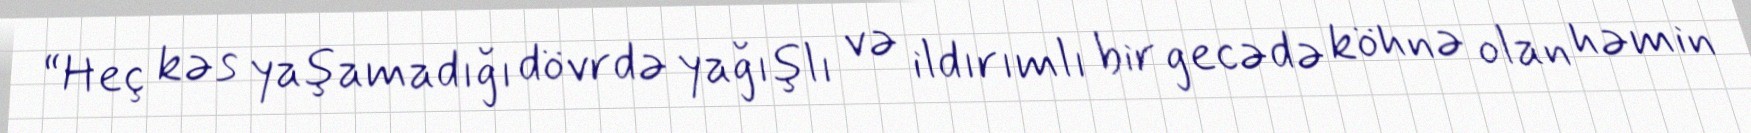
“Heç kəs yaşamadığı dövrdə yağışlı və ildırımlı bir gecədə köhnə olan həmin